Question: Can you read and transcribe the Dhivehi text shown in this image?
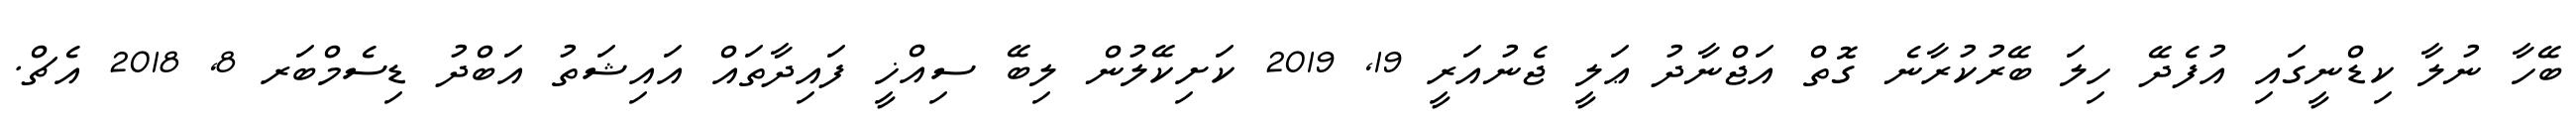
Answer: ބޭހާ ނުލާ ކިޑްނީގައި އުފެދޭ ހިލަ ބޭރުކުރާނެ ގޮތް އަޖްނާދު ޢަލީ ޖެނުއަރީ 19, 2019 ކަށިކޭލުން ލިބޭ ސިއްޚީ ފައިދާތައް އައިޝަތު އަބްދު ޑިސެމްބަރ 8, 2018 އެޗް.